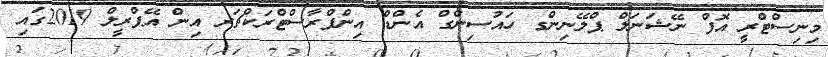
މިނިސްޓްރީ އޮފް ނޭޝަނަލް ޕްލޭނިންގ ހައުސިންގް އެންޑް އިންފްރާސްޓްރަކްޗަރ އިން އޭޕްރީލް 2019ގައި